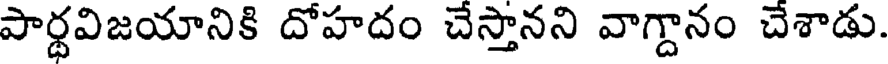
పార్థవిజయానికి దోహదం చేస్తానని వాగ్దానం చేశాడు.